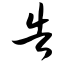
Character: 告